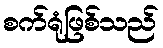
စက်ရုံဖြစ်သည်